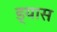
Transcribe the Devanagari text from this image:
ड्यास